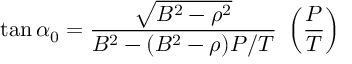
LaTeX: \tan \alpha _ { 0 } = \frac { \sqrt { B ^ { 2 } - \rho ^ { 2 } } } { B ^ { 2 } - ( B ^ { 2 } - \rho ) P / T } \ \left( \frac { P } { T } \right)